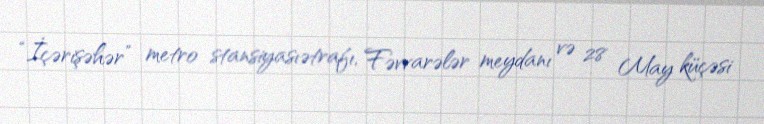
“İçərişəhər” metro stansiyasıətrafı, Fəvvarələr meydanı və 28 May küçəsi